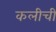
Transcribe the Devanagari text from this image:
कलीची